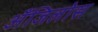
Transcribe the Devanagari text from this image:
अँजिलोस